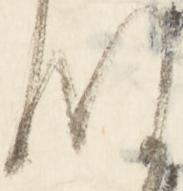
殿